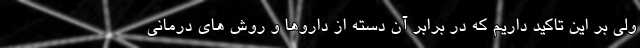
ولی بر این تاکید داریم که در برابر آن دسته از داروها و روش های درمانی